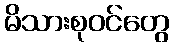
မိသားစုဝင်တွေ